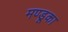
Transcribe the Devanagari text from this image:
मण्डूका